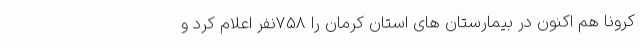
کرونا هم اکنون در بیمارستان های استان کرمان را 758نفر اعلام کرد و